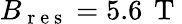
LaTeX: B_{\mathrm{~r~e~s~}}=5.6\, \mathrm{~T~}